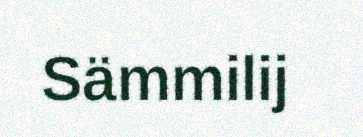
Sämmilij